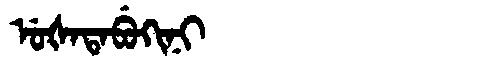
Manchu: ᡠᡧᠠᡨᠠᠪᡠᡴᡳᠨᡳ
Romanization: UŠATABUKINI